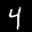
Label: 4